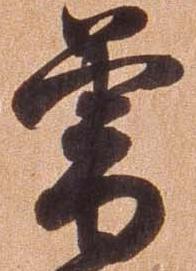
曾